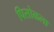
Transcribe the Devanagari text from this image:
पिसोळला